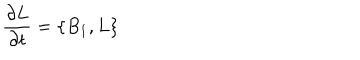
{ \frac { \partial L } { \partial t } } = \{ B _ { 1 } , L \}